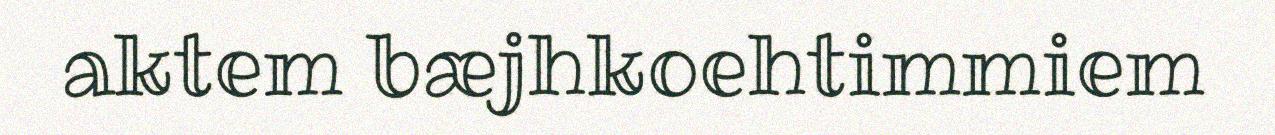
aktem bæjhkoehtimmiem